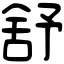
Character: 舒